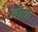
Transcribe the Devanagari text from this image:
दालते